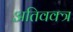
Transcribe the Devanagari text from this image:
अतिवक्त्र